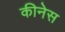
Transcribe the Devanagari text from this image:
कीनेस